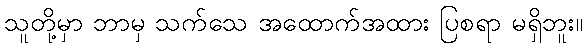
သူတို့မှာ ဘာမှ သက်သေ အထောက်အထား ပြစရာ မရှိဘူး။